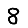
Digit: 8